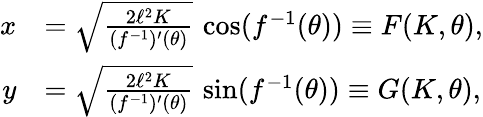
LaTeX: \begin{array}{rl}{x}&{=\sqrt{\frac{2\ell^{2}K}{(f^{-1})^{\prime}(\theta)}}\, \cos(f^{-1}(\theta))\equiv F(K,\theta),}\\ {y}&{=\sqrt{\frac{2\ell^{2}K}{(f^{-1})^{\prime}(\theta)}}\, \sin(f^{-1}(\theta))\equiv G(K,\theta),}\end{array}